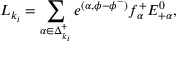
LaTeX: { \cal L } _ { k _ { i } } = \sum _ { \alpha \in \Delta _ { k _ { i } } ^ { + } } e ^ { ( \alpha , \phi - \phi ^ { - } ) } f _ { \alpha } ^ { + } E _ { + \alpha } ^ { 0 } ,